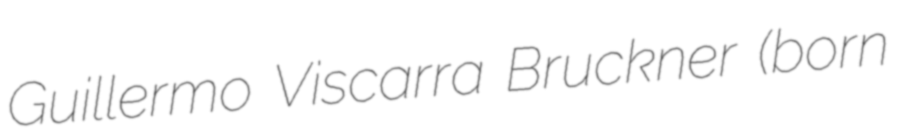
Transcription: Guillermo Viscarra Bruckner (born